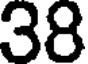
38